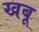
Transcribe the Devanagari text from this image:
खबू